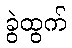
ခွဲထွက်